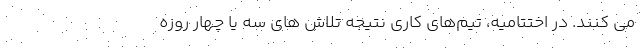
می کنند. در اختتامیه، تیم‌های کاری نتیجه تلاش های سه یا چهار روزه